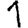
Digit: 1